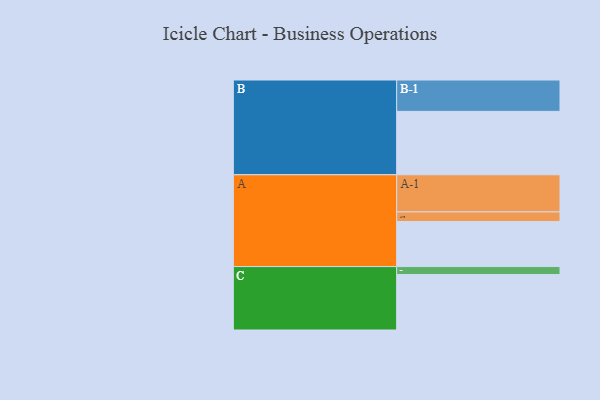
{"axis": {"x": "Segment", "y": "Value"}, "legend": ["", "A", "B", "C"], "data": [{"x": "A", "y": 335, "type": ""}, {"x": "B", "y": 471, "type": ""}, {"x": "C", "y": 412, "type": ""}, {"x": "A-1", "y": 276, "type": "A"}, {"x": "A-2", "y": 71, "type": "A"}, {"x": "B-1", "y": 233, "type": "B"}, {"x": "C-1", "y": 59, "type": "C"}]}